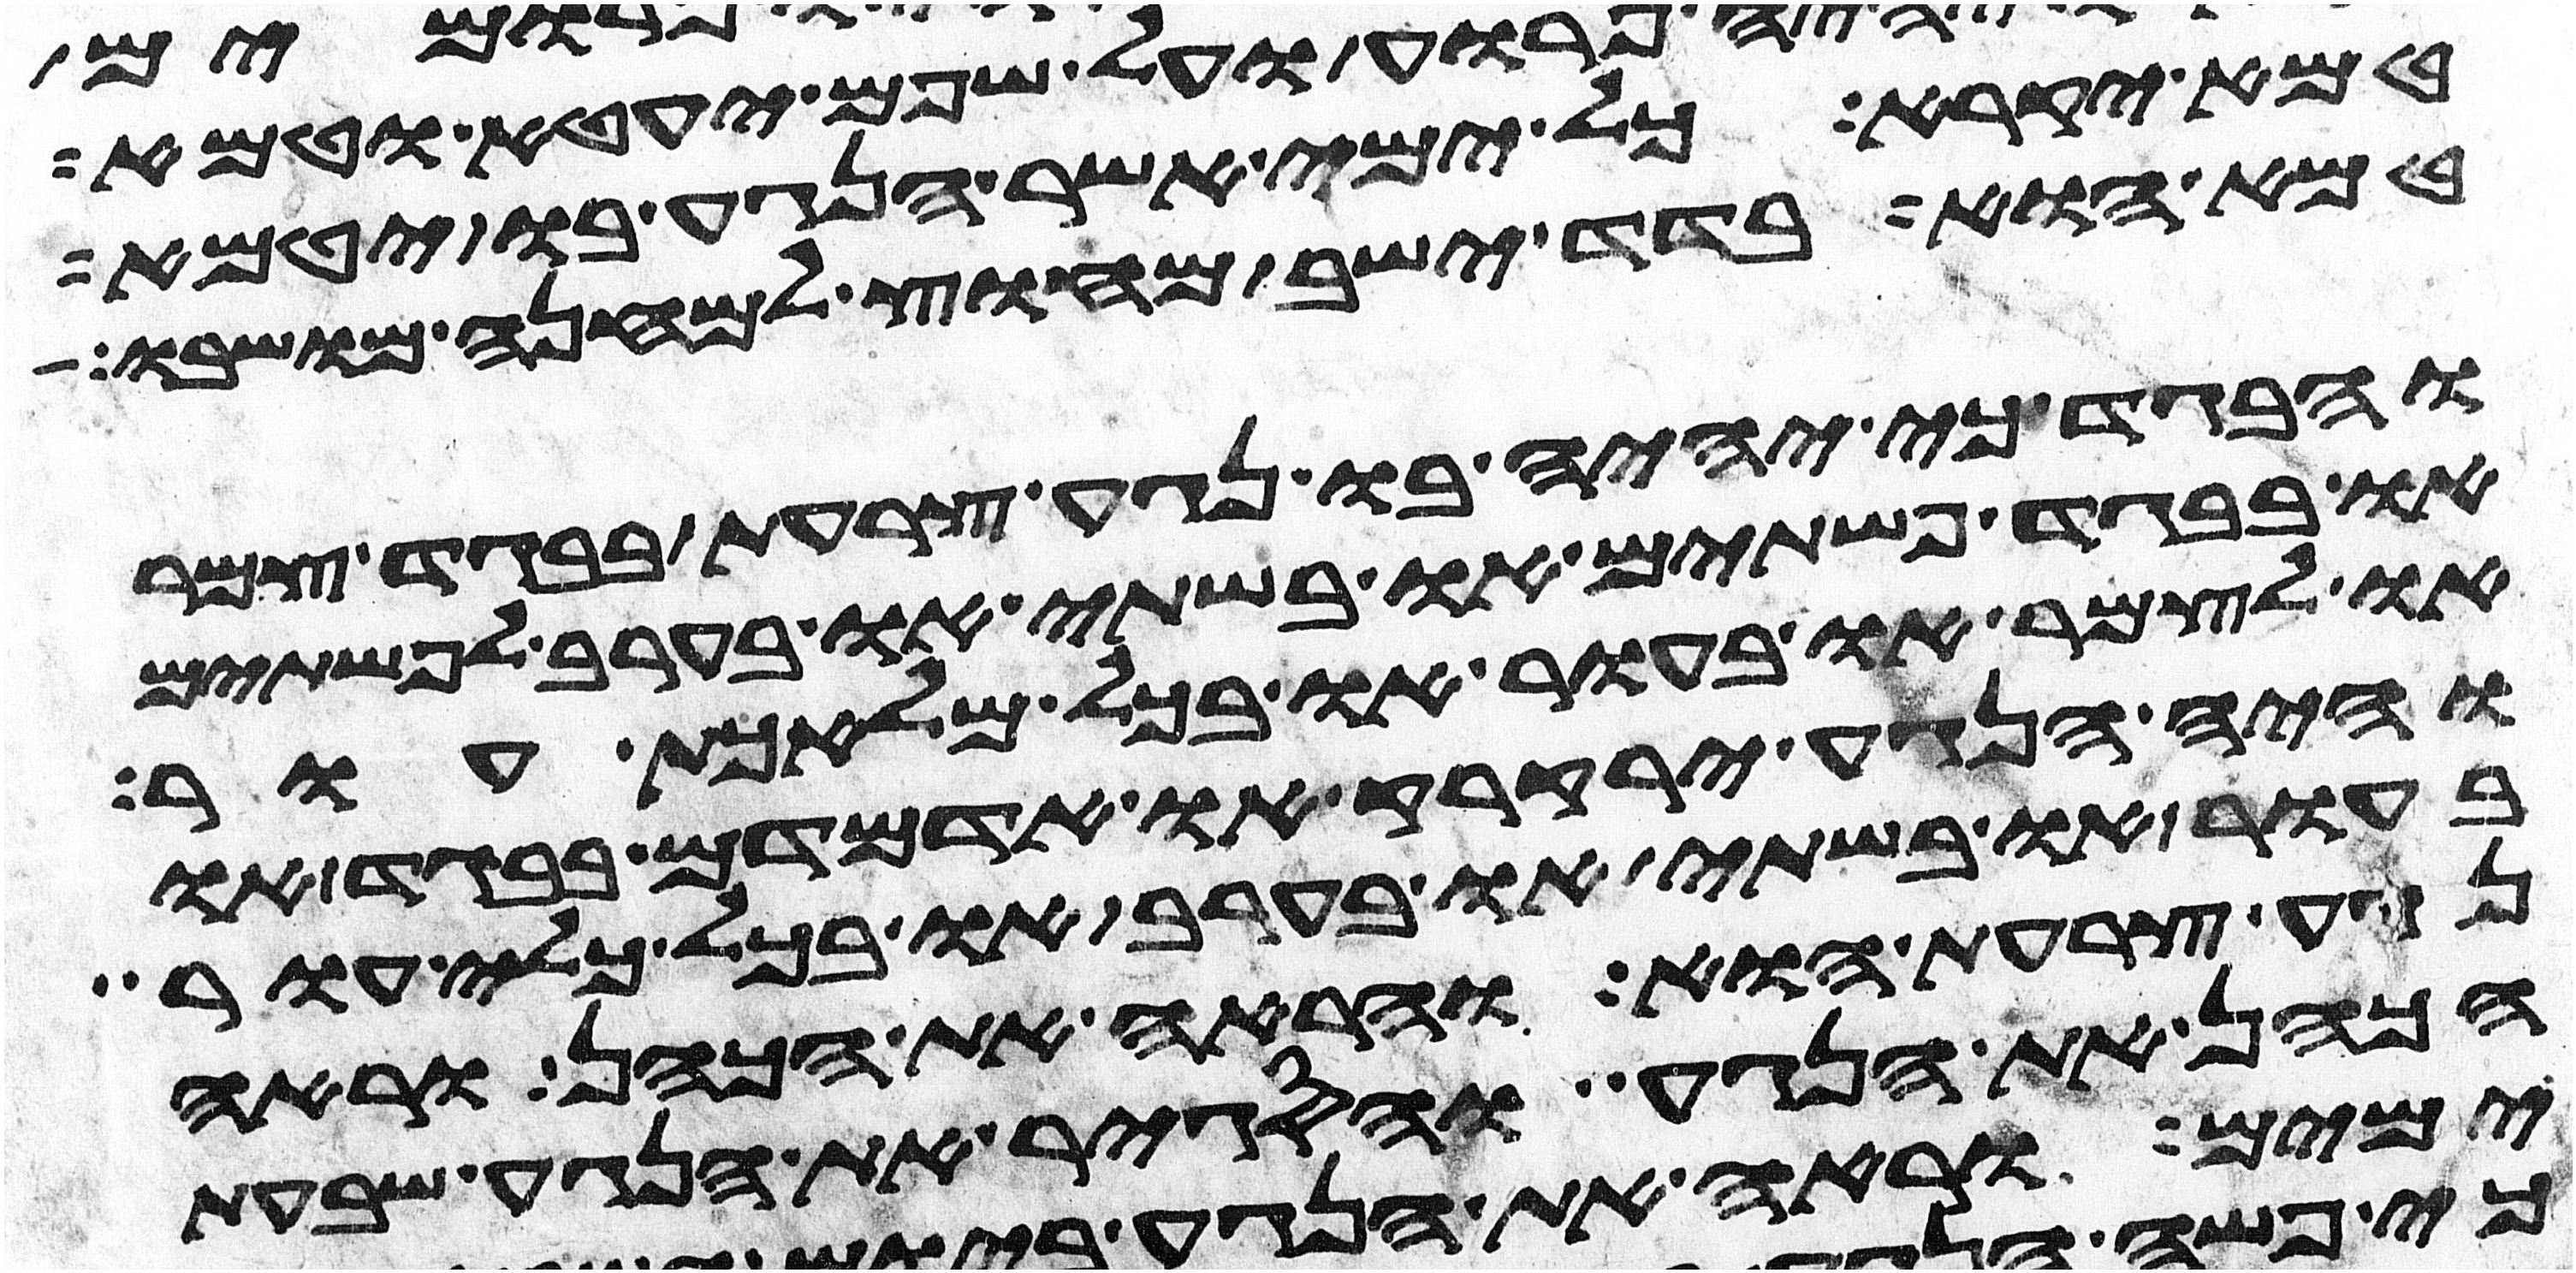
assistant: טמא יקרא כל ימי אשר הנגע בו יטמא
טמא הוא בדד ישב מחוץ למחנה מושבו
והבגד כי יהיה בו נגע צרעת בבגד צמר
או בבגד פשתים או בשתי או בערב לפשתים
ולצמר או בעור או בכל מלאכת עור
והיה הנגע ירקרק או אדמדם בבגד או
בעור או בשתי או בערב או בכל כלי עור
נגע צרעת הוא והראה את הכהן וראה
הכהן את הנגע והסגיר את הנגע שבעת